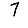
Digit: 7